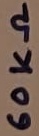
Text: 60KΩ